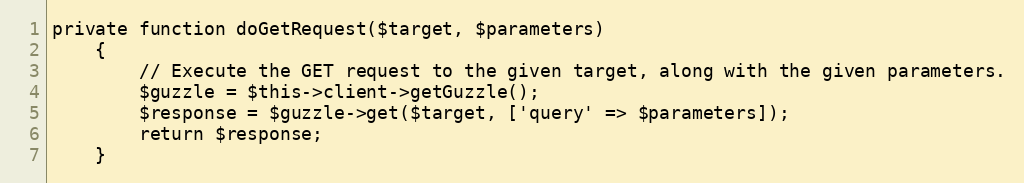
Language: PHP
private function doGetRequest($target, $parameters)
	{
		// Execute the GET request to the given target, along with the given parameters.
		$guzzle = $this->client->getGuzzle();
		$response = $guzzle->get($target, ['query' => $parameters]);
		return $response;
	}